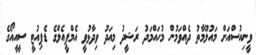
ވީނިއުސްއަށް މައުލޫމާތު ދެއްވަމުން މުހައްމަދު ރަޝީދު މިއަދު ވިދާޅުވީ އެމްޕީއެލްގެ ޑެޕިއުޓީ ސީއީއޯގެ